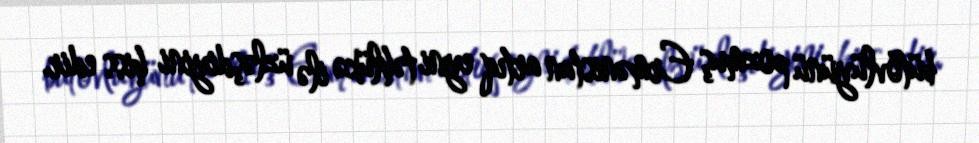
bütövlüyünü pozmuş Ermənistan artıq eyni təhlükə ilə üzləşdiyini hiss edir.